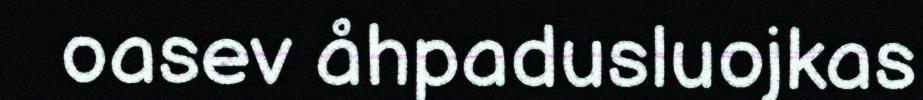
oasev åhpadusluojkas